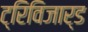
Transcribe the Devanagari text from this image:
ट्रिविजार्ड